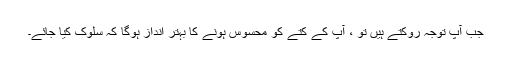
جب آپ توجہ روکتے ہیں تو ، آپ کے کتے کو محسوس ہونے کا بہتر انداز ہوگا کہ سلوک کیا جائے۔